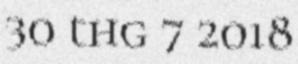
30 thg 7 2018